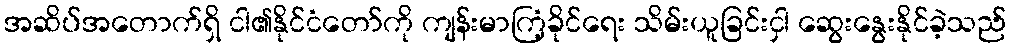
အဆိပ်အတောက်ရှိ ငါ၏နိုင်ငံတော်ကို ကျန်းမာကြံ့ခိုင်ရေး သိမ်းယူခြင်းငှါ ဆွေးနွေးနိုင်ခဲ့သည်